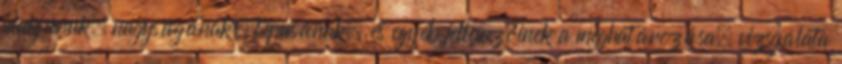
alakjának, nagyságának, típusának, és egyéb jellemzőinek a meghatározása, vizsgálata